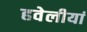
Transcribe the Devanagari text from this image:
हवेलीयां